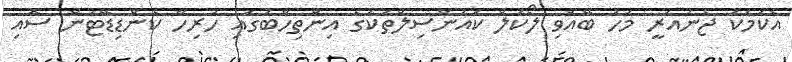
އެކަމަކު ޖެނުއަރީ މަހު ބޭއްވި ލޯކަލް ކައުންސިލްތަކުގެ އިންތިހާބުގައި ހުރިހާ ކެންޑިޑޭޓުން ސޮއި